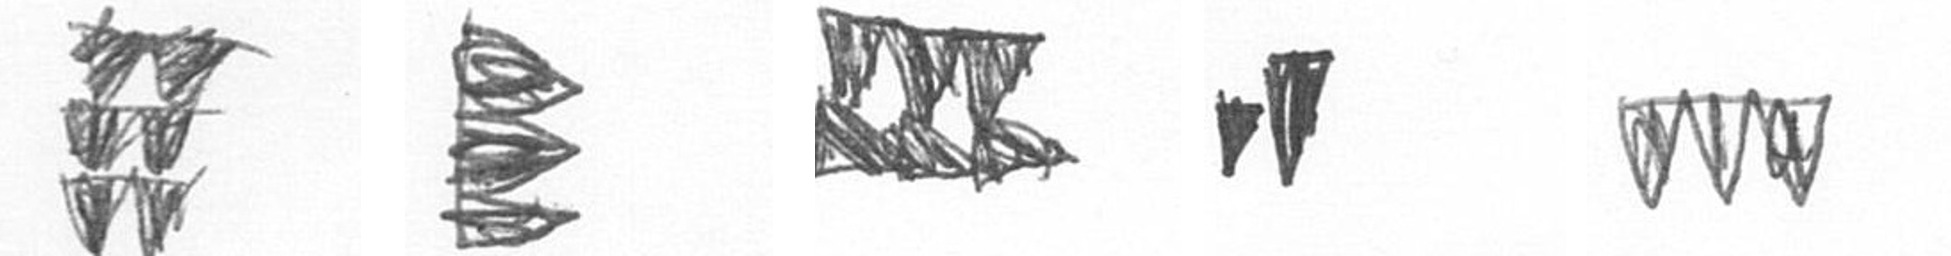
Y H D M L